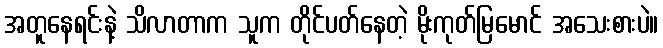
အတူနေရင်းနဲ့ သိလာတာက သူက တိုင်ပတ်နေတဲ့ မိုးကုတ်မြမောင် အသေးစားပဲ။